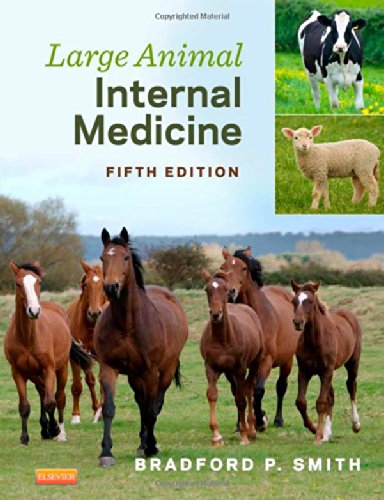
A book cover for Large Animal Internal Medicine, 5e; Bradford P. Smith DVM; Medical Books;